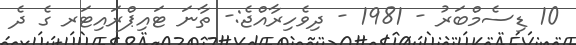
10 ޑިސެމްބަރު - 1981 - ދިވެހިރާއްޖެ:- ތާނަ ޓައިޕްރައިޓަރ ގެ ދެ